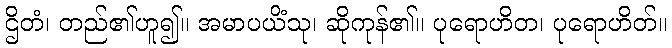
ဌိတံ၊ တည်၏ဟူ၍။ အမာပယိံသု၊ ဆိုကုန်၏။ ပုရောဟိတ၊ ပုရောဟိတ်။